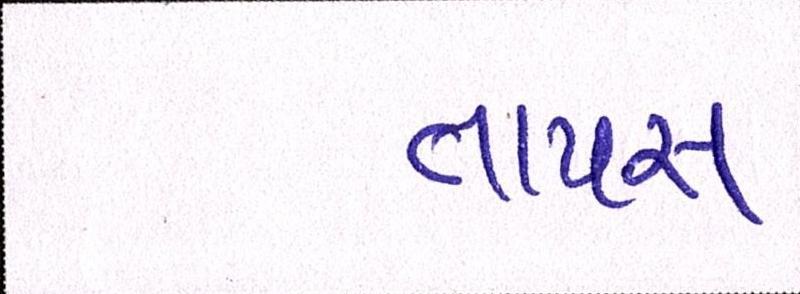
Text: તાપસ